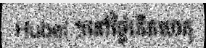
Hubei ។នៅថ្ងៃកើតហេតុ